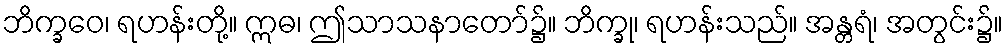
ဘိက္ခဝေ၊ ရဟန်းတို့။ ဣဓ၊ ဤသာသနာတော်၌။ ဘိက္ခု၊ ရဟန်းသည်။ အန္တရံ၊ အတွင်း၌။